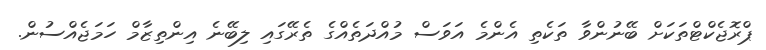
ޕްރޮޖެކްޓްތަކަށް ބޭނުންވާ ތަކެތި އެންމެ އަވަސް މުއްދަތެއްގެ ތެރޭގައި ލިބޭނެ އިންތިޒާމް ހަމަޖެއްސުން.